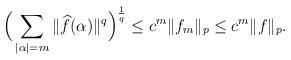
LaTeX: \begin{align*} \Big( \sum_{\vert \alpha \vert = m} \Vert \widehat{f}(\alpha) \Vert^{q} \Big)^{\frac{1}{q}} \leq c^{m} \|f_m\|_p\le c^{m} \|f\|_p.\end{align*}